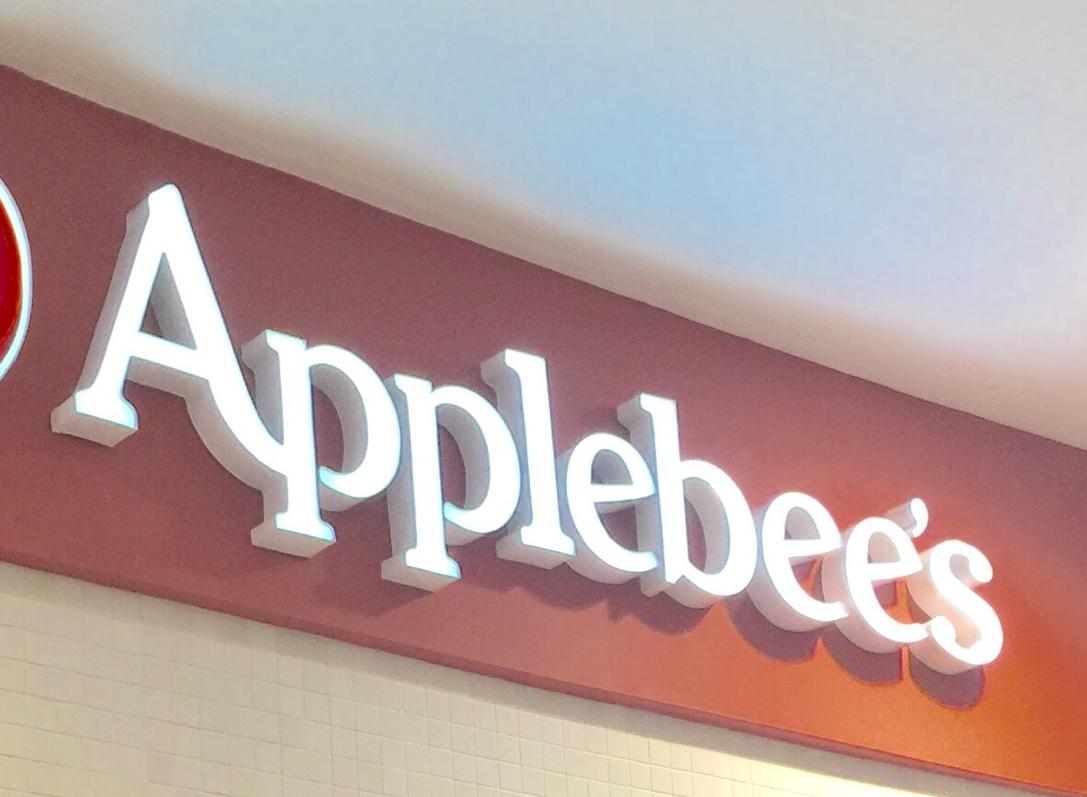
applebee's